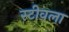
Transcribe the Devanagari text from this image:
स्टीवला